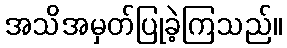
အသိအမှတ်ပြုခဲ့ကြသည်။